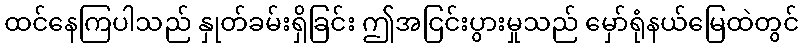
ထင်နေကြပါသည် နှုတ်ခမ်းရှိခြင်း ဤအငြင်းပွားမှုသည် မှော်ရုံနယ်မြေထဲတွင်